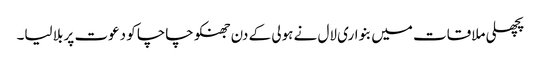
پچھلی ملاقات میں بنواری لال نے ہولی کے دن جھنکو چاچا کو دعوت پر بلا لیا۔